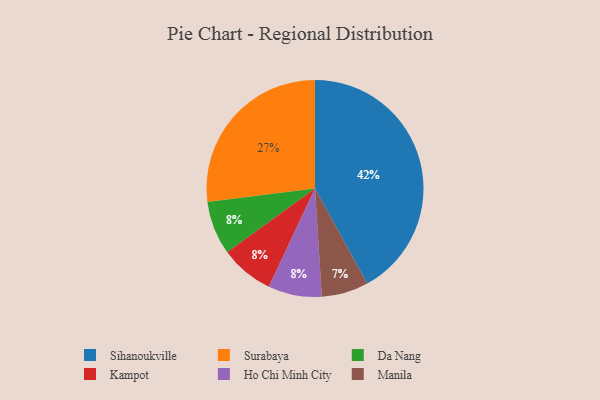
{"axis": {"x": "Category", "y": "Percentage"}, "legend": ["Da Nang", "Ho Chi Minh City", "Kampot", "Manila", "Sihanoukville", "Surabaya"], "data": [{"x": "Surabaya", "y": 27, "type": "Surabaya"}, {"x": "Manila", "y": 7, "type": "Manila"}, {"x": "Da Nang", "y": 8, "type": "Da Nang"}, {"x": "Sihanoukville", "y": 42, "type": "Sihanoukville"}, {"x": "Kampot", "y": 8, "type": "Kampot"}, {"x": "Ho Chi Minh City", "y": 8, "type": "Ho Chi Minh City"}]}